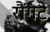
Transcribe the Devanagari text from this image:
रौंगटे